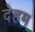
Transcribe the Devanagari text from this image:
देहम